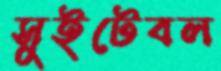
সুইটেবল